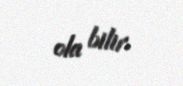
ola bilir.